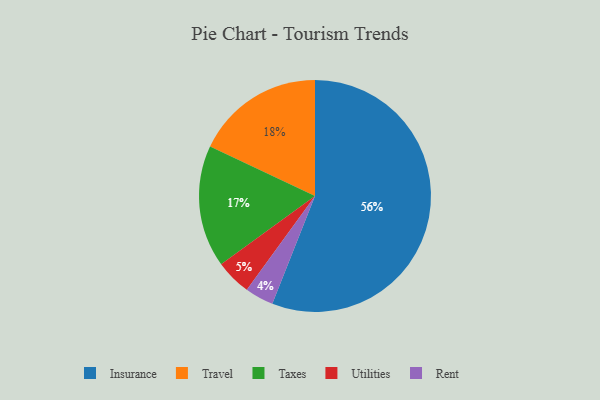
{"axis": {"x": "Category", "y": "Percentage"}, "legend": ["Insurance", "Rent", "Taxes", "Travel", "Utilities"], "data": [{"x": "Taxes", "y": 17, "type": "Taxes"}, {"x": "Travel", "y": 18, "type": "Travel"}, {"x": "Utilities", "y": 5, "type": "Utilities"}, {"x": "Rent", "y": 4, "type": "Rent"}, {"x": "Insurance", "y": 56, "type": "Insurance"}]}